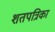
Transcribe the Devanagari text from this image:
शतपत्रिका